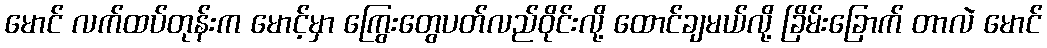
မောင် လက်ထပ်တုန်းက မောင့်မှာ ကြွေးတွေပတ်လည်ဝိုင်းလို့ ထောင်ချမယ်လို့ ခြိမ်းခြောက် တာလဲ မောင်